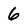
Character: 6